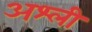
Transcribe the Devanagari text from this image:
अश्ली